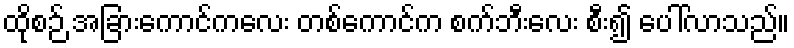
ထိုစဉ် အခြားကောင်ကလေး တစ်ကောင်က စက်ဘီးလေး စီး၍ ပေါ်လာသည်။